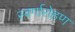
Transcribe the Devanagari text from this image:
स्‍वर्गारोहण